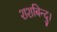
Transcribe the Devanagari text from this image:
शशबिन्दु।